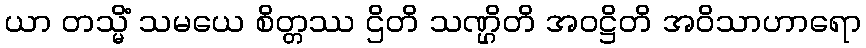
ယာ တသ္မိံ သမယေ စိတ္တဿ ဌိတိ သဏ္ဌိတိ အဝဋ္ဌိတိ အဝိသာဟာရော